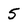
Character: 5